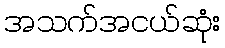
အသက်အငယ်ဆုံး